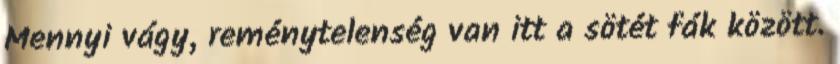
Mennyi vágy, reménytelenség van itt a sötét fák között.